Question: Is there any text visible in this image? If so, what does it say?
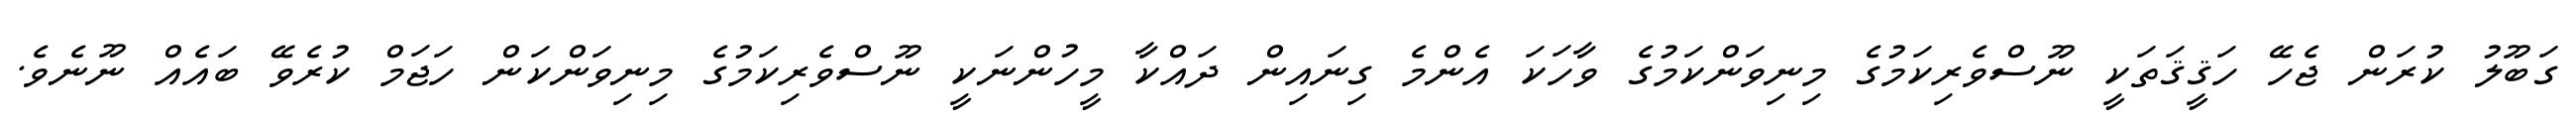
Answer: ގަބޫލު ކުރަން ޖެހޭ ހަޤީޤަތަކީ ނޫސްވެރިކަމުގެ މިނިވަންކަމުގެ ވާހަކަ އެންމެ ގިނައިން ދައްކާ މީހުންނަކީ ނޫސްވެރިކަމުގެ މިނިވަންކަން ހަޖަމް ކުރެވޭ ބައެއް ނޫނެވެ.